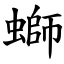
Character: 螄